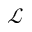
\mathcal { L }